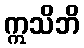
ဣသိဘိ